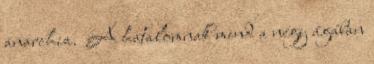
anarchia. A hatalomnak mind a négy ágában